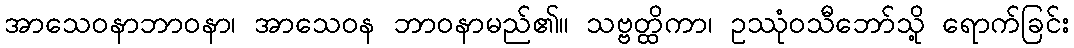
အာသေဝနာဘာဝနာ၊ အာသေဝန ဘာဝနာမည်၏။ သဗ္ဗတ္ထိကာ၊ ဥဿုံဝသီဘော်သို့ ရောက်ခြင်း